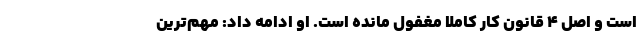
است و اصل ۴ قانون کار کاملا مغفول مانده است. او ادامه داد: مهم‌ترین